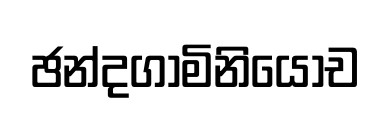
ඡන්දගාමිනියොච